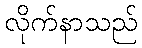
လိုက်နာသည်